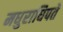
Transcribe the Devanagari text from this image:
मधुराधिपते